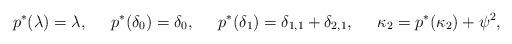
LaTeX: \begin{align*}p^*(\lambda) &= \lambda, & p^*(\delta_0) &= \delta_0, & p^*(\delta_1) &= \delta_{1,1}+\delta_{2,1}, & \kappa_2 &= p^*(\kappa_2) + \psi^2,\end{align*}